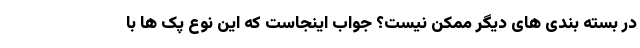
در بسته بندی های دیگر ممکن نیست؟ جواب اینجاست که این نوع پک ها با